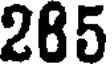
285